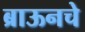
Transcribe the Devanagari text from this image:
ब्राऊनचेेे